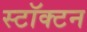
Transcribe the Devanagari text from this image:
स्टॉक्टन